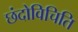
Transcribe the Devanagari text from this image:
छंदोविचिति